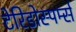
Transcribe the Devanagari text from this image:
टेरिडोस्पर्म्स